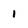
Character: I